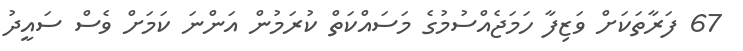
67 ފަރާތަކަށް ވަޒިފާ ހަމަޖެއްސުމުގެ މަސައްކަތް ކުރަމުން އަންނަ ކަމަށް ވެސް ސައީދު